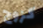
كزوج